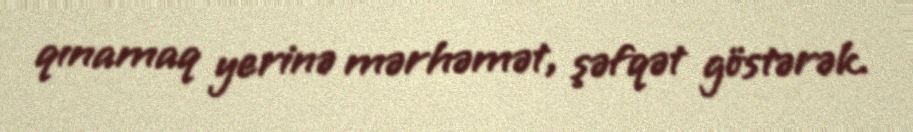
qınamaq yerinə mərhəmət, şəfqət göstərək.